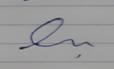
Signature authenticity: forged